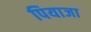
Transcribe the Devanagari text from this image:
पियाजा